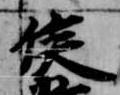
侯